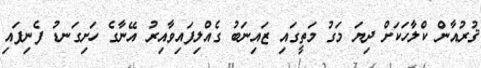
ޤުރުއާން ކްލާހަކަށް ދިޔަ މަގު މަތީގައި ޒައިނަބު ގެއްލިފައިވާއިރު އޭނާގެ ހަށިގަނޑު ފެނިފައި